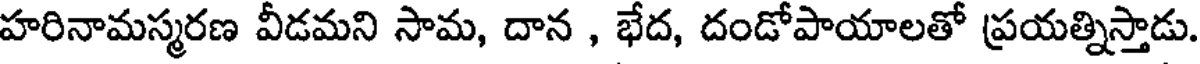
హరినామస్మరణ వీడమని సామ, దాన , భేద, దండోపాయాలతో ప్రయత్నిస్తాడు.